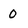
Character: 0